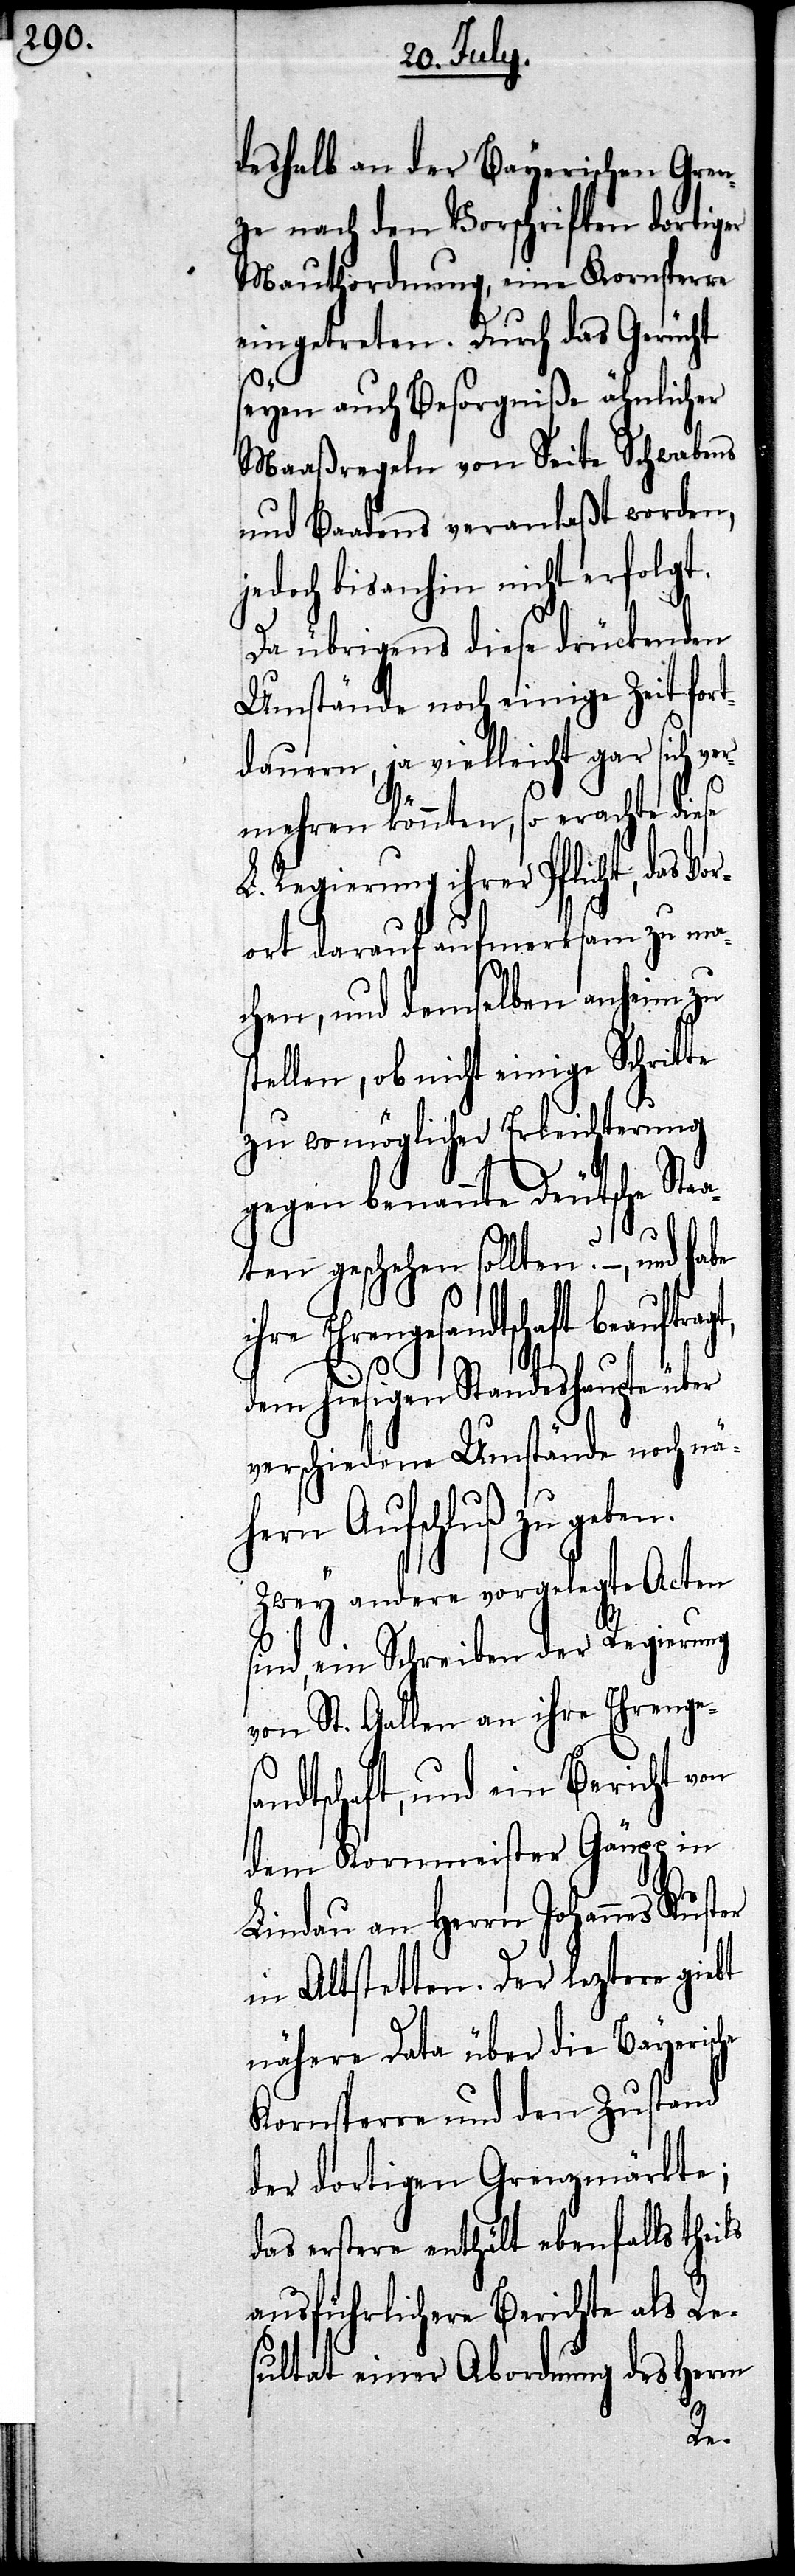
deshalb an der Bayerischen Gren¬
zen nach den Vorschriften dortiger
Mauthordnung, eine Kornsperre
eingetreten. Durch das Gerücht
seyen auch Besorgniße ähnlicher
Maaßregeln von Seite Schwabens
und Baadens veranlaßt worden,
jedoch bis anhin nicht erfolgt.
Da übrigens diese drückenden
Umständen noch einige Zeit fort¬
dauern, ja vielleicht gar sich ve¬
rmehren könnten, so erachte diese
L. Regierung ihrer Pflicht, das Vo¬
rort darauf aufmerksam zu ma¬
chen, und demselben anheim zu
llen, ob nicht einige Schrit¬
zu wo möglicher Erleichterung
gegen benannte Deutsche Sta¬
aten geschehen sollten? –, und ha¬
sandtschaft beauftragt,
dem hiesigen Standeshaupte über
verschiedene Umstände noch nä¬
hern Aufschluß zu ge¬
Zwey andere vorgelegte Acten
sind, ein Schreiben der Regierung
von St. Gallen an ihre Ehrenge¬
ndtschaft, und ein Bericht von
dem Kronmeister Gänpp in
Lindau an Herrn Johannes Kus¬
in Altstetten. Der leztere giebt
nähere Data über die Bayerische
Kornsperre und den Zustand
der dortigen Grenzmärkte;
das erstere enthält ebenfalls theils
ausführlichere Berichte als Re¬
sultat einer Abordnung des Herrn
ter